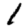
Digit: 1